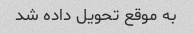
به موقع تحویل داده شد